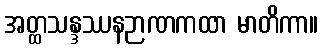
အတ္ထသန္ဒဿနဉာဏကထာ မာတိကာ။